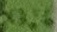
Text: X7:6